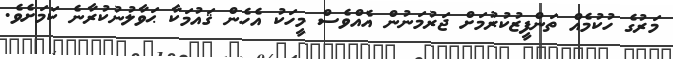
މަރުގެ ހުކުމެއް ތަންފީޒުކުރުމަށް ޖަރުމަނުން އެއްވެސް މީހަކު އެހެން ޤައުމަކާ ޙަވާލުނުކުރާނެ ކަމަށެވެ.